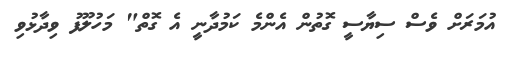
އުމަރަށް ވެސް ސިޔާސީ ގޮތުން އެންމެ ކަމުދާނީ އެ ގޮތް" މަހުލޫފު ވިދާޅުވި